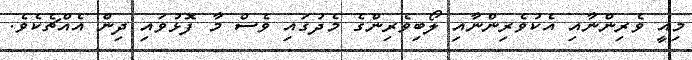
މިއީ ވެރިންނާއި އެކުވެރިންނާއި ލޯބިވެރިންގެ މެދުގައި ވެސް މާ ފޮޅުވައި ދިން އެއްޗެކެވެ.